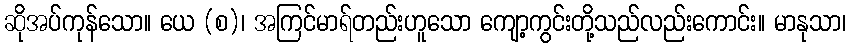
ဆိုအပ်ကုန်သော။ ယေ (စ)၊ အကြင်မာရ်တည်းဟူသော ကျော့ကွင်းတို့သည်လည်းကောင်း။ မာနုသာ၊